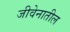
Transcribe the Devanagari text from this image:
जीवेनातील